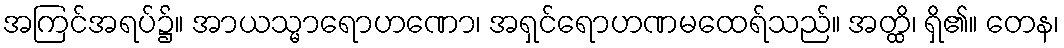
အကြင်အရပ်၌။ အာယသ္မာရောဟဏော၊ အရှင်ရောဟဏမထေရ်သည်။ အတ္ထိ၊ ရှိ၏။ တေန၊